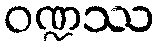
ဝဏ္ဍဿ